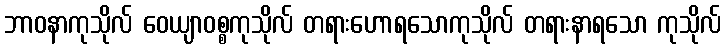
ဘာဝနာကုသိုလ် ဝေယျာဝစ္စကုသိုလ် တရားဟောရသောကုသိုလ် တရားနာရသော ကုသိုလ်